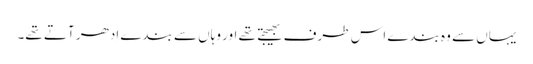
یہاں سے وہ بندے اس طرف بھیجتے تھے اور وہاں سے بندے اِدھر آتے تھے۔